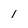
Character: I